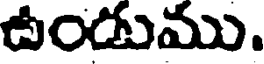
ఉండుము.